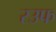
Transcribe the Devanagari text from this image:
रउफ